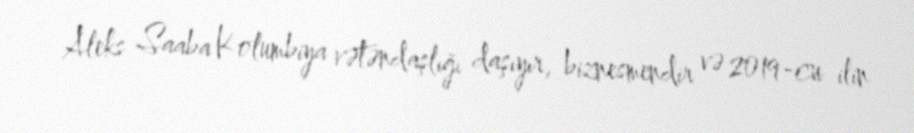
Aleks Saaba Kolumbiya vətəndaşlığı daşıyır, biznesmendir və 2019-cu ilin